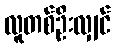
လူတစ်ဦးလျှင်